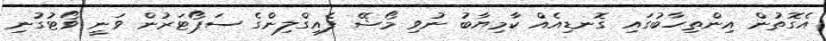
އެގޮތުން އިންތިހާބުގައި ގޮނޑިއެއް ކާމިޔާބު ނުވި މޯޝޭ ފެއިގްލިންގެ ސަޕޯޓަރުން ވަނީ ވޯޓުގުނި